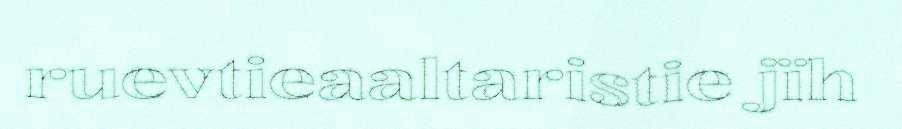
ruevtieaaltaristie jïh